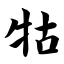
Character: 牯